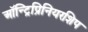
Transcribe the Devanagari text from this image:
ऑन्ट्रिप्रिनियरशिप